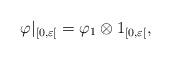
LaTeX: \begin{align*}\varphi|_{[0, \varepsilon[} = \varphi_1 \otimes 1_{[0, \varepsilon[},\end{align*}